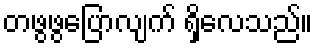
တဖွဖွပြောလျက် ရှိလေသည်။